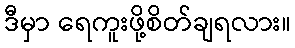
ဒီမှာ ရေကူးဖို့စိတ်ချရလား။